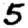
Digit: 5